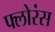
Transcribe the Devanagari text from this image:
फ्लोरंस